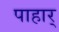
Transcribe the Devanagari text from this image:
पाहार्